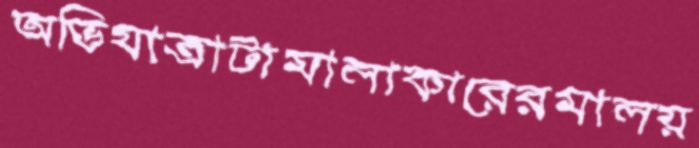
অভিযাত্রাটামালাকারেরমালয়